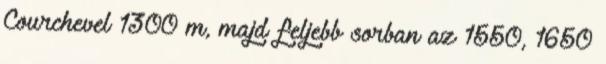
Courchevel 1300 m, majd feljebb sorban az 1550, 1650